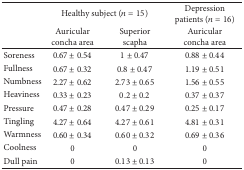
|  | <COLSPAN=2> Healthy subject (n = 15) | Depression patients (n = 16) |
 |  | Auricular concha area | Superior scapha | Auricular concha area |
 | --- | --- | --- | --- |
 | Soreness | 0.67 ± 0.54 | 1 ± 0.47 | 0.88 ± 0.44 |
 | Fullness | 0.67 ± 0.32 | 0.8 ± 0.47 | 1.19 ± 0.51 |
 | Numbness | 2.27 ± 0.62 | 2.73 ± 0.65 | 1.56 ± 0.55 |
 | Heaviness | 0.33 ± 0.23 | 0.2 ± 0.2 | 0.37 ± 0.37 |
 | Pressure | 0.47 ± 0.28 | 0.47 ± 0.29 | 0.25 ± 0.17 |
 | Tingling | 4.27 ± 0.64 | 4.27 ± 0.61 | 4.81 ± 0.31 |
 | Warmness | 0.60 ± 0.34 | 0.60 ± 0.32 | 0.69 ± 0.36 |
 | Coolness | 0 | 0 | 0 |
 | Dull pain | 0 | 0.13 ± 0.13 | 0 |